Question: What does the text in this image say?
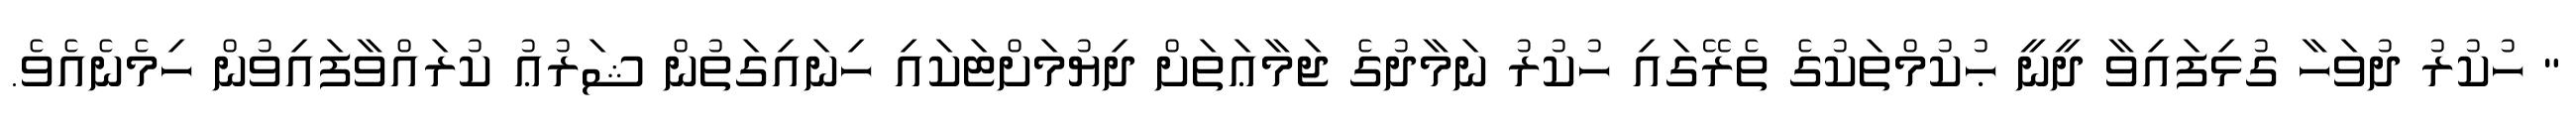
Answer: " ހުކުރު ދުވަހާ ގުޅިފައިވާ ދީނީ ޙުކުމްތަކުގެ ތެރޭގައި ހުކުރު ނަމާދުގެ ޖަމާޢަތަށް ދިޔުމަށްޓަކައި ހިނައިގަތުން ޝަރުޢު ކުރައްވާފައިވުން ހިމެނެއެވެ.